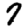
Digit: 7